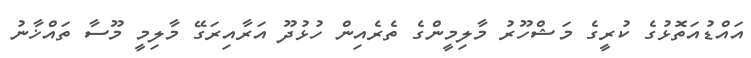
އައްޑުއަތޮޅުގެ ކުރީގެ މަޝްހޫރު މާލިމީންގެ ތެރެއިން ހުޅުދޫ އަރާއިރަގޭ މާލިމީ މޫސާ ތައްޚާނު